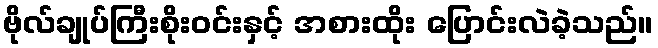
ဗိုလ်ချုပ်ကြီးစိုးဝင်းနှင့် အစားထိုး ပြောင်းလဲခဲ့သည်။